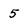
Character: 5